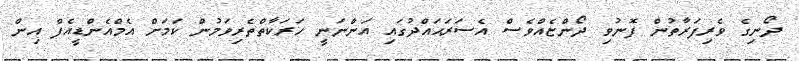
ދޯނިގެ ވެރިފަރާތުން ފޮނުވި ދޯންޏެއްވެސް އެސަރަޙައްދުގައި އަންނަނީ ހަރަކާތްތެރިވަމުން ކަމަށް އެމްއެންޑީއެފް އިން